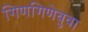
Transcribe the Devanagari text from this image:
गिणगिणेबुवा